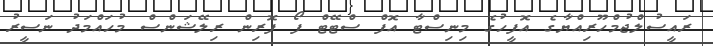
ރައީސުލްޖުމްހޫރިއްޔާގެ އޮފީހުގެ މިނިސްޓާ އޮފް ސްޓޭޓް ފޯ ފޮރިން ރިލޭޝަންސް މުހައްމަދު ނަސީރު